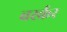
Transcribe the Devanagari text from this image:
बर्स्कर